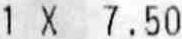
1 X 7.50